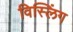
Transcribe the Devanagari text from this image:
विस्लिंग